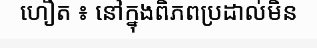
ហឿត ៖ នៅក្នុងពិភពប្រដាល់មិន